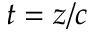
t = z / c